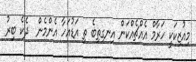
މިއުޒިކަކީ ހަރާމް އެއްޗެއްކަން އިނގިތިބެ ތި އަޑުއަހާ އެންމެން  ދެކެ ބިރު